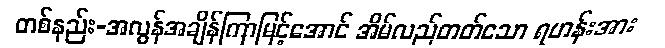
တစ်နည်း-အလွန်အချိန်ကြာမြင့်အောင် အိမ်လည်တတ်သော ရဟန်းအား